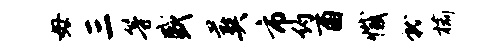
毋三等盛葬市约酉撼就榆